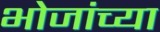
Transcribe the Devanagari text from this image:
भोजांच्या